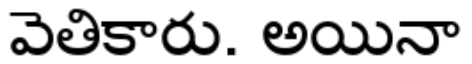
వెతికారు. అయినా